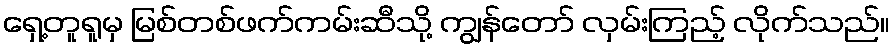
ရှေ့တူရူမှ မြစ်တစ်ဖက်ကမ်းဆီသို့ ကျွန်တော် လှမ်းကြည့် လိုက်သည်။